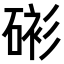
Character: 𥓸